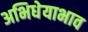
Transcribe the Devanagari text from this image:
अभिधेयाभाव